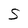
Character: S